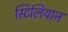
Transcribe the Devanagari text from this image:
स्टिलियान